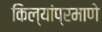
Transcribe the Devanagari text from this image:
किल्यांप्रमाणे